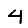
Digit: 4